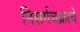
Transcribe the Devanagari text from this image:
निसर्गचक्राचे